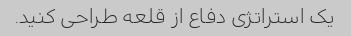
یک استراتژی دفاع از قلعه طراحی کنید.